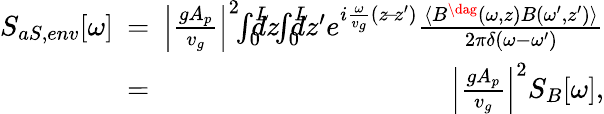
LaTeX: \begin{array}{rlr}{S_{aS,env}[\omega]\! \! \! }&{=}&{\! \! \! \left|\frac{gA_{p}}{v_{g}}\right|^{2}\! \! \int_{0}^{L}\! \! \! \! \! dz\! \! \int_{0}^{L}\! \! \! \! \! dz^{\prime}e^{i\frac{\omega}{v_{g}}(z\! -\! z^{\prime})}\frac{\langle{B}^{\dag}(\omega,z){B}(\omega^{\prime},z^{\prime})\rangle}{2\pi\delta(\omega-\omega^{\prime})}}\\ &{=}&{\! \! \! \left|\frac{gA_{p}}{v_{g}}\right|^{2}S_{B}[\omega],}\end{array}